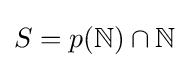
S=p(\mathbb {N} )\cap \mathbb {N}